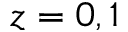
z = 0 , 1